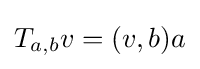
T_{a,b}v=(v,b)a